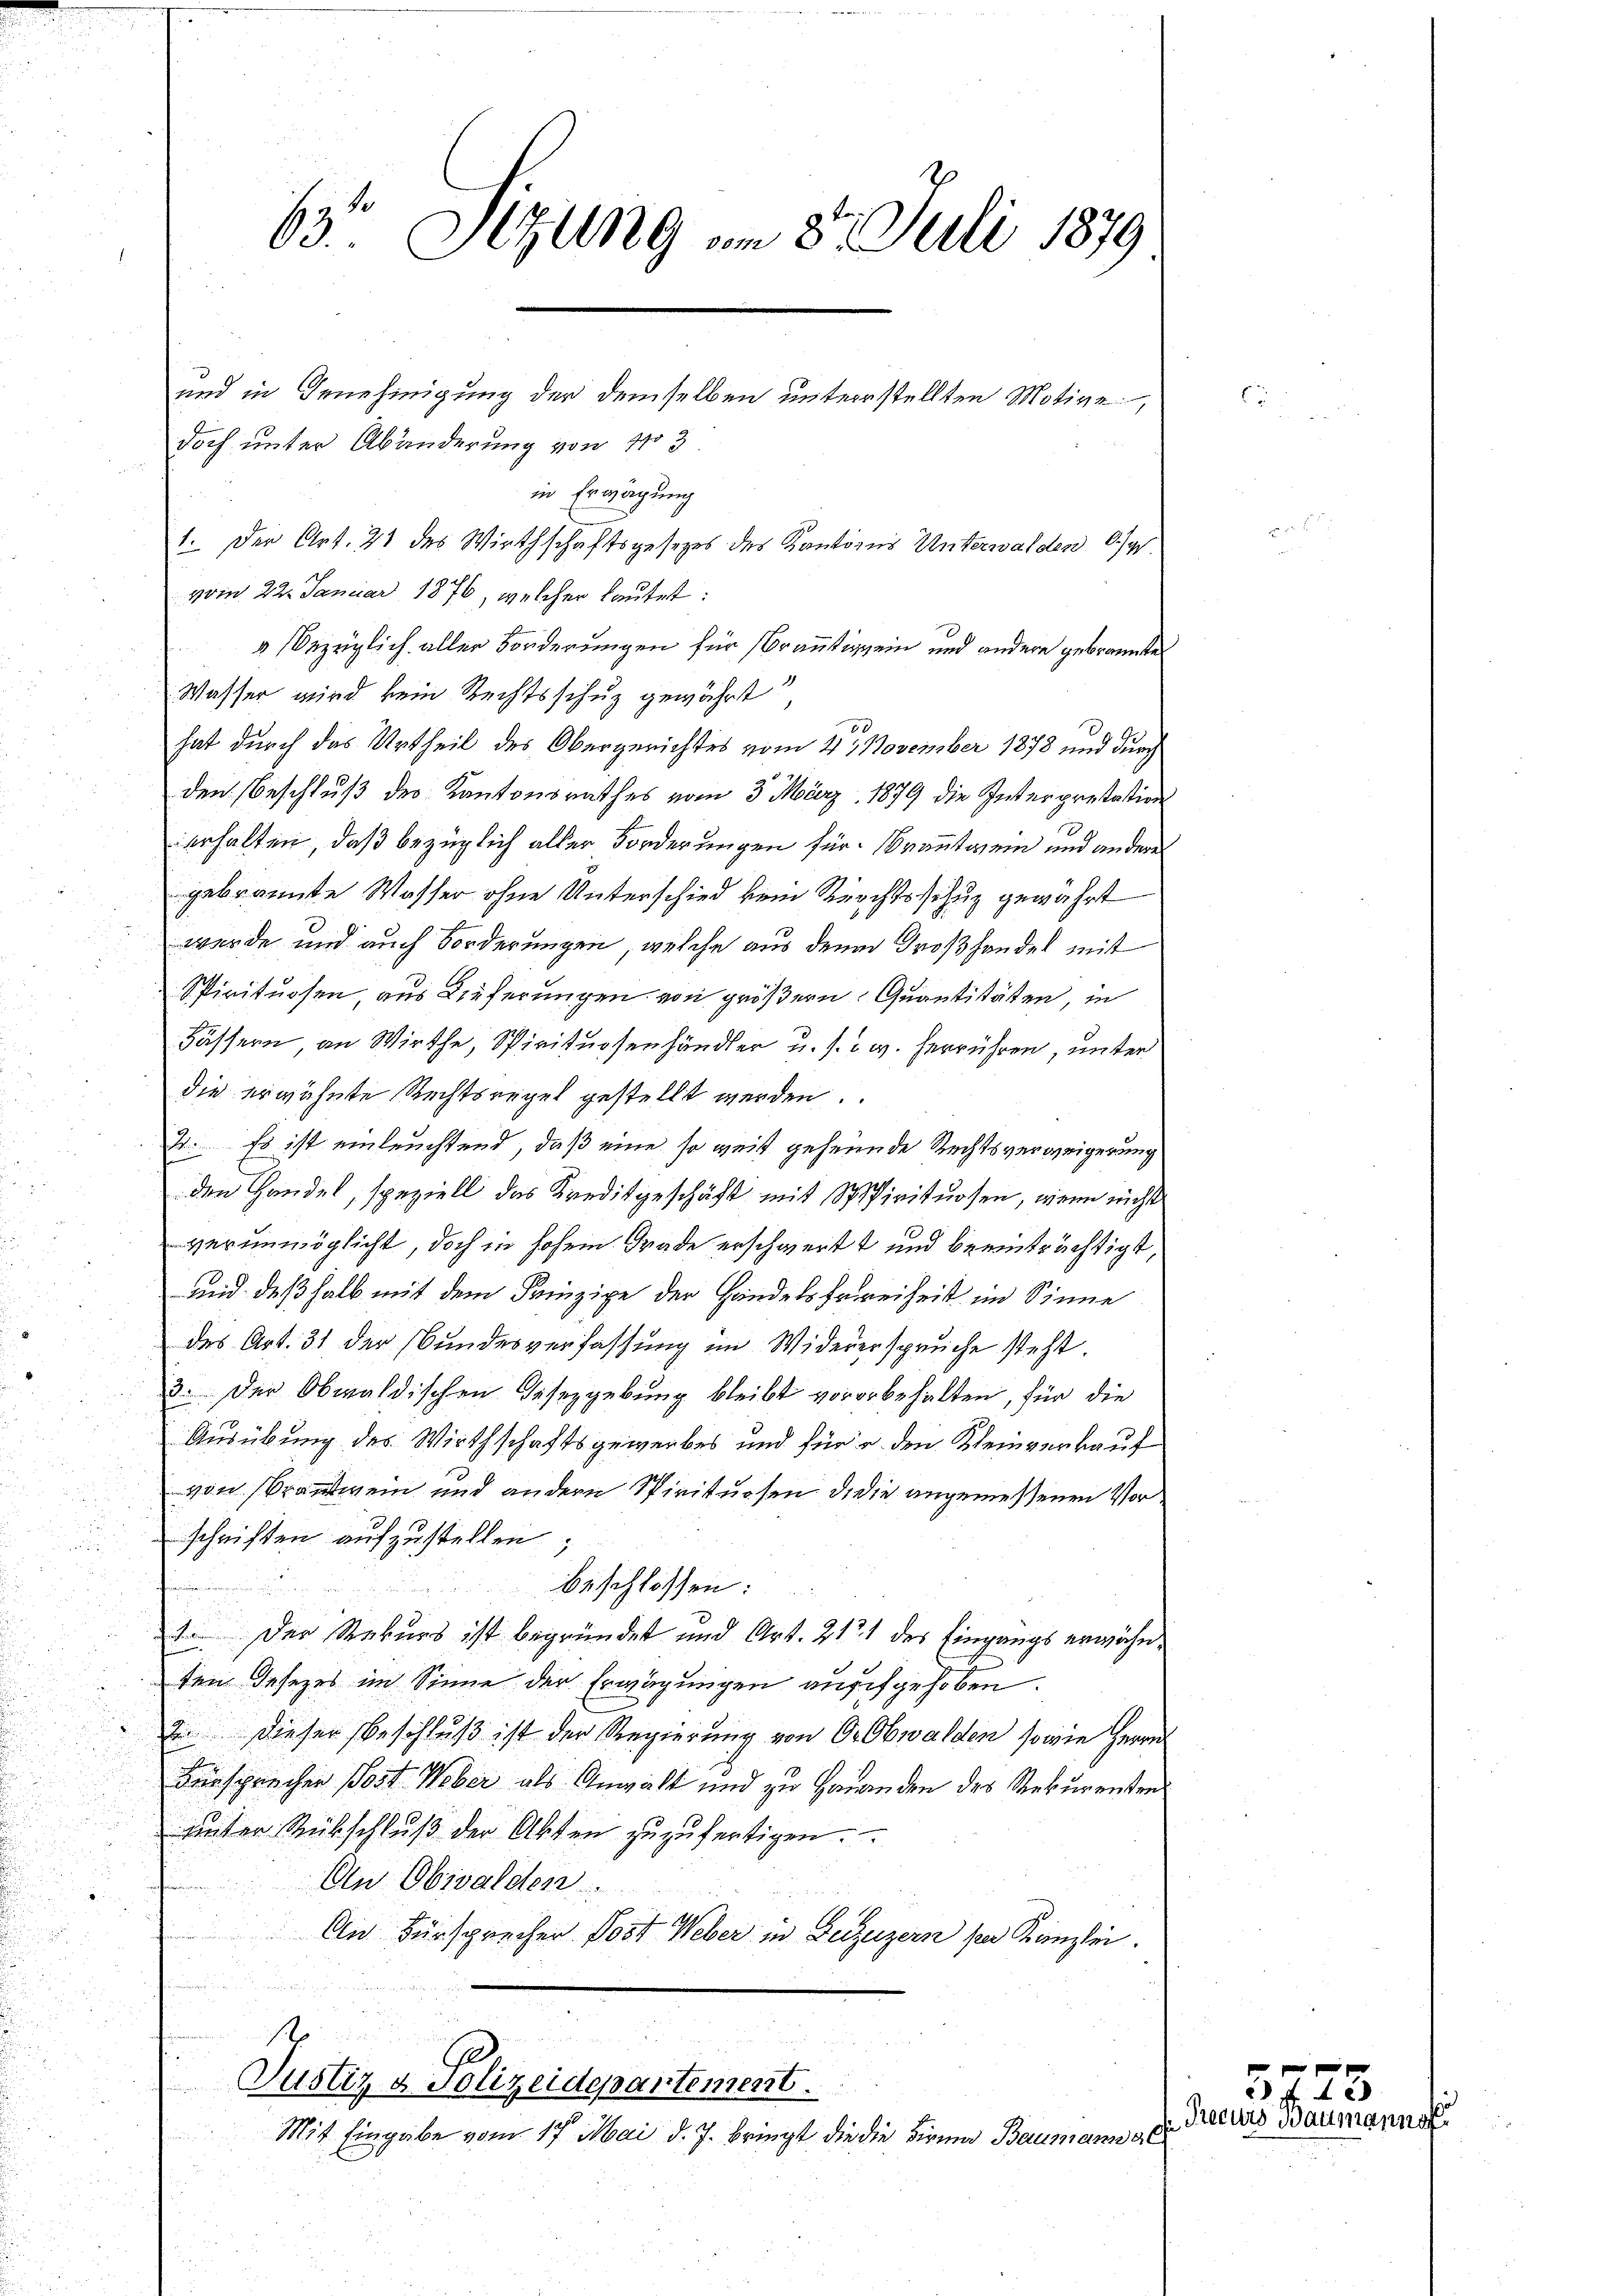
63. Sizung am 8. Juli 1879.

doch unter Abänderung von 103
in Erwägung
1. Der Art. 21 des Wirthschaftsgesetzes des Kantons Unterwalden 6/4
vom 22. Januar 1876, welcher lautet:
" bezüglich aller Forderungen für Brantigen und andere gebrannten
Wasser wird kein Rechtsschuz gewährt,
hat durch das Urtheil des Obergerichtes vom 23. November 1878 und durch
den Beschluß des Kantonsrathes vom 3. März 1879 die Interpretation
erhalten, daß bezüglich aller Forderungen für Branntwein und andere
gebrannte Wasser ohne Unterschied vom Rechtsschuz gewährt
werde und auch Forderungen, welche aus den Großhandel mit
Spirituosen aus Lieferungen von größern Quantitäten in
Fässern an Wirthe, Spirituosenhändler u. s. w. herrühren, unter
die erwähnte Rechtsregel gestellt werden.
2. Es ist einleuchtend, daß eine so weit gehende Rechtsverweigerung
den Handel, speziell das Kreditgeschäft mit Spirituosen, wenn nicht
verunmöglicht, doch in hohem Grade erschwert und beeinträchtigt,
und deßhalb mit dem Prinzipe der Handels Freiheit im Sinne
des Art. 31 der Bundesverfassung im Widererspruche steht.
3. Der Obwaldischen Gesezgebung bleibt vororbehalten, für die
Ausübung des Wirthschaftsgewerbes und für u. den Kleinverkauf
von Brandwein und andern Spirituosen d. die angemessenen Vore
schriften aufzustellen;
22
beschlossen:
nhimmenden

1. Der Rekurs ist begründet und Art. 2121 des Eingangs erwähn¬

den Gesezes im Sinne der Erwägungen auffgehoben.
2 dieser Beschluß ist der Regierung von O. Obwalden, sowie Herrn

Fürsprechen Post Weber als Anwalt und zu Hananden des Rekurenten
unter Rückschlŭβ der Akten zuzufertigen.
An Obwalden.
An Fürsprecher Post Weber in Beizuzern sein Kanzlei.

und in Genehmigung der demselben unterstellten Motive

in
1
Justiz & Polizeidepartement.
Mit Eingabe vom 17. Mai d. J. bringt die die Firma Baumann al

5723
Trecurs Baumanns